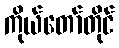
ကိုယ်တော်တိုင်